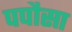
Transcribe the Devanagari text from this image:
पपौसा